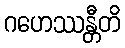
ဂဟေဿန္တီတိ